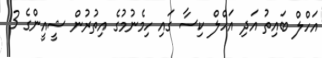
އަހްލް ބައިތު އަދި އަހްލް ކިސާ ގައި ހިމެނުމުގެ އިތުރުން ޝީއީންގެ 3